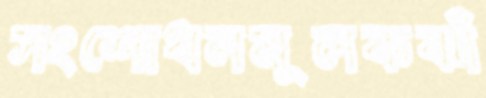
সংশোধনমূলকঝাঁ